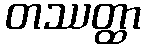
တဿတ္ထာ